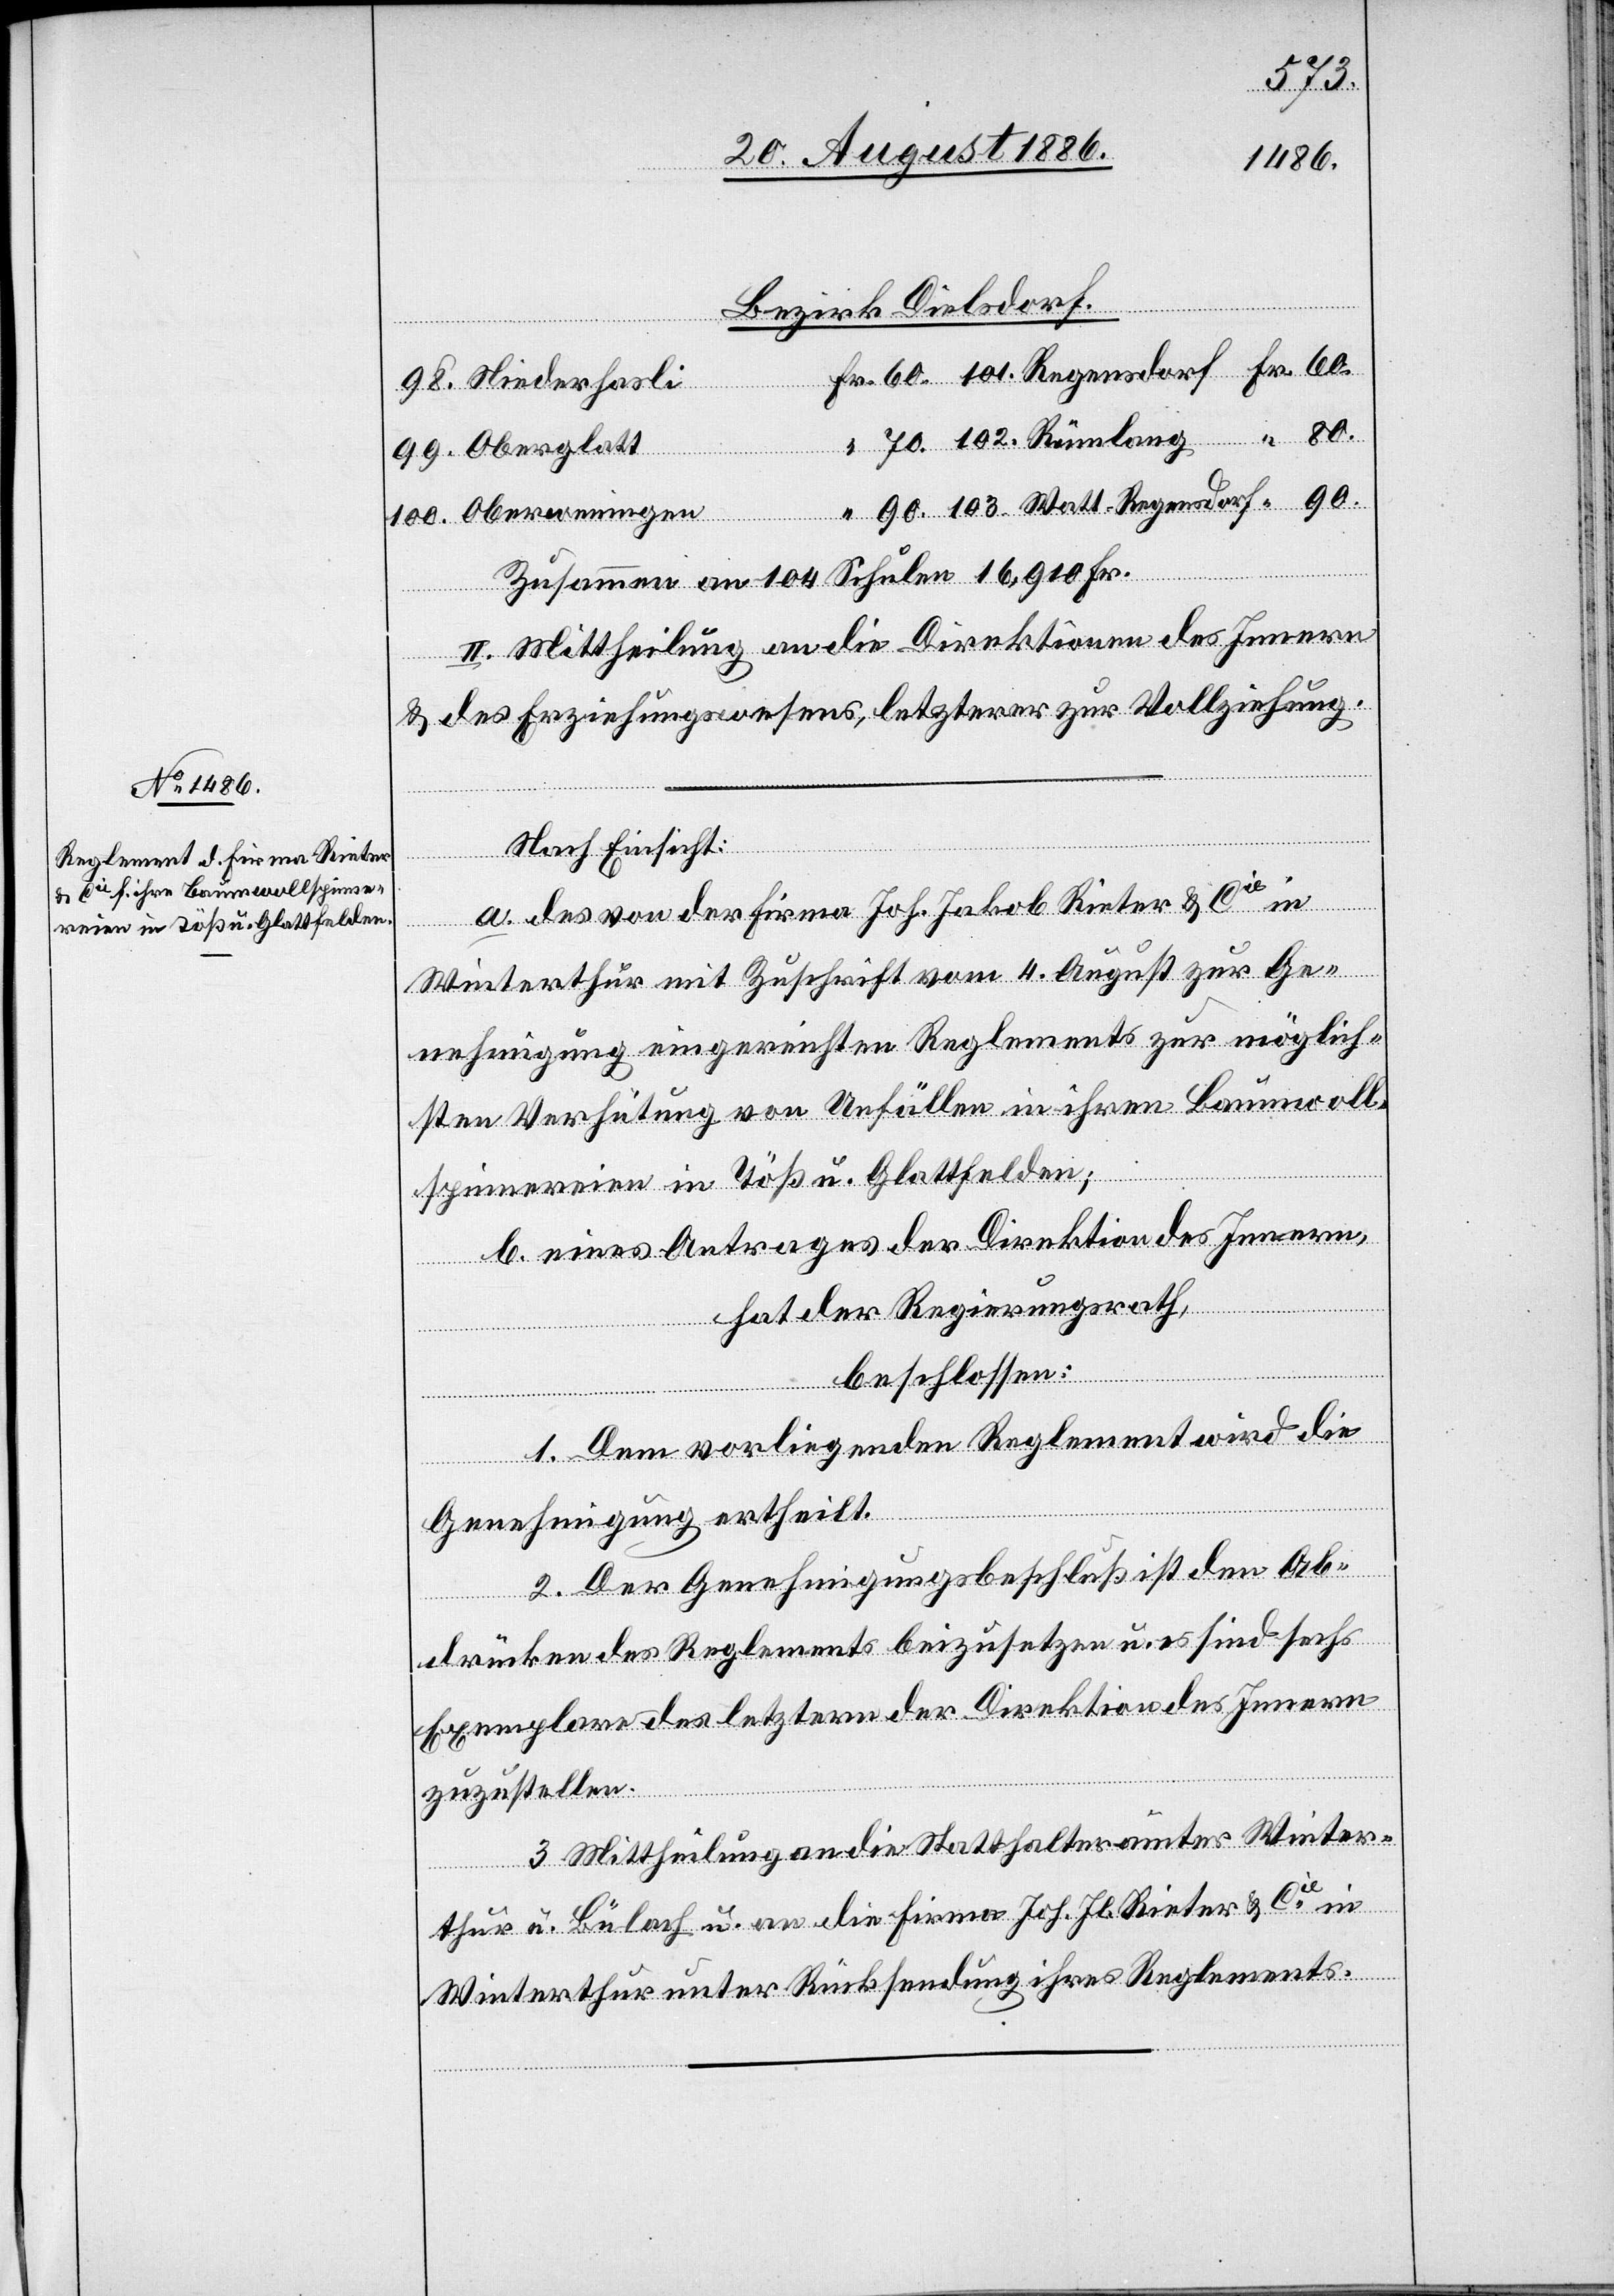
80.
100.
Bezirk Dielsdorf.
Zusammen an 104 Schulen 16,910 Fr.
gensdorf
II. Mittheilung an die Direktionen des Innern
& des Erziehungswesens, letzterer zur Vollziehung.
Nach Einsicht:
a. des von der Firma Joh. Jakob Rieter & Cie in
Winterthur mit Zuschrift vom 4. August zur Ge¬
nehmigung eingereichten Reglements zur möglich¬
sten Verhütung von Unfällen in ihren Baumwoll¬
spinnereien in Töß u. Glattfelden;
b. eines Antrages der Direktion des Innern,
hat der Regierungsrath,
103.
beschlossen:
1. Dem vorliegenden Reglement wird die
Genehmigung ertheilt.
2. Der Genehmigungsbeschluß ist den Ab¬
drücken des Reglements beizusetzen u. es sind sechs
Exemplare des letztern der Direktion des Innern
zuzustellen.
3. Mittheilung an die Statthalterämter Winter¬
thur u. Bülach u. an die Firma Joh. Jb. Rieter & Cie in
Winterthur unter Rücksendung ihres Reglements.